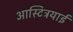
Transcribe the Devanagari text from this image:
आस्टिट्रयाई